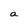
Character: a